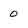
Character: 0